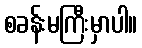
စခန်းမကြီးမှာပါ။